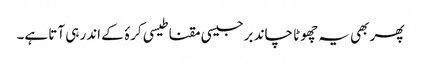
پھر بھی یہ چھوٹا چاند برجیسی مقناطیسی کرۂ کے اندر ہی آتا ہے۔